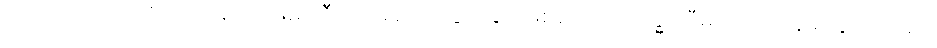
ပြည်သားအားလုံး လာရောက်ဖမ်းဆီးခေါ်ဆောင်သွားခြင်းဖြစ်ကြောင်း ဗုဒ္ဓဝါဒီများကို တုန်ခါသွားရသည့်